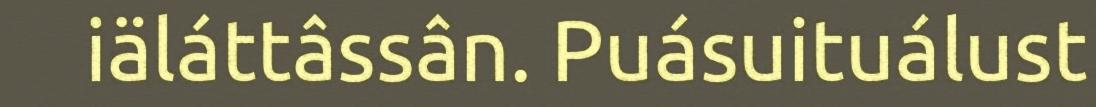
iäláttâssân. Puásuituálust